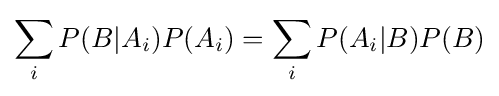
\sum _{i}{P(B|A_{i})P(A_{i})}=\sum _{i}{P(A_{i}|B)P(B)}